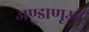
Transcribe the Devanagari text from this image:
अण्डाणूओं